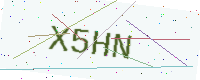
Text: X5HN